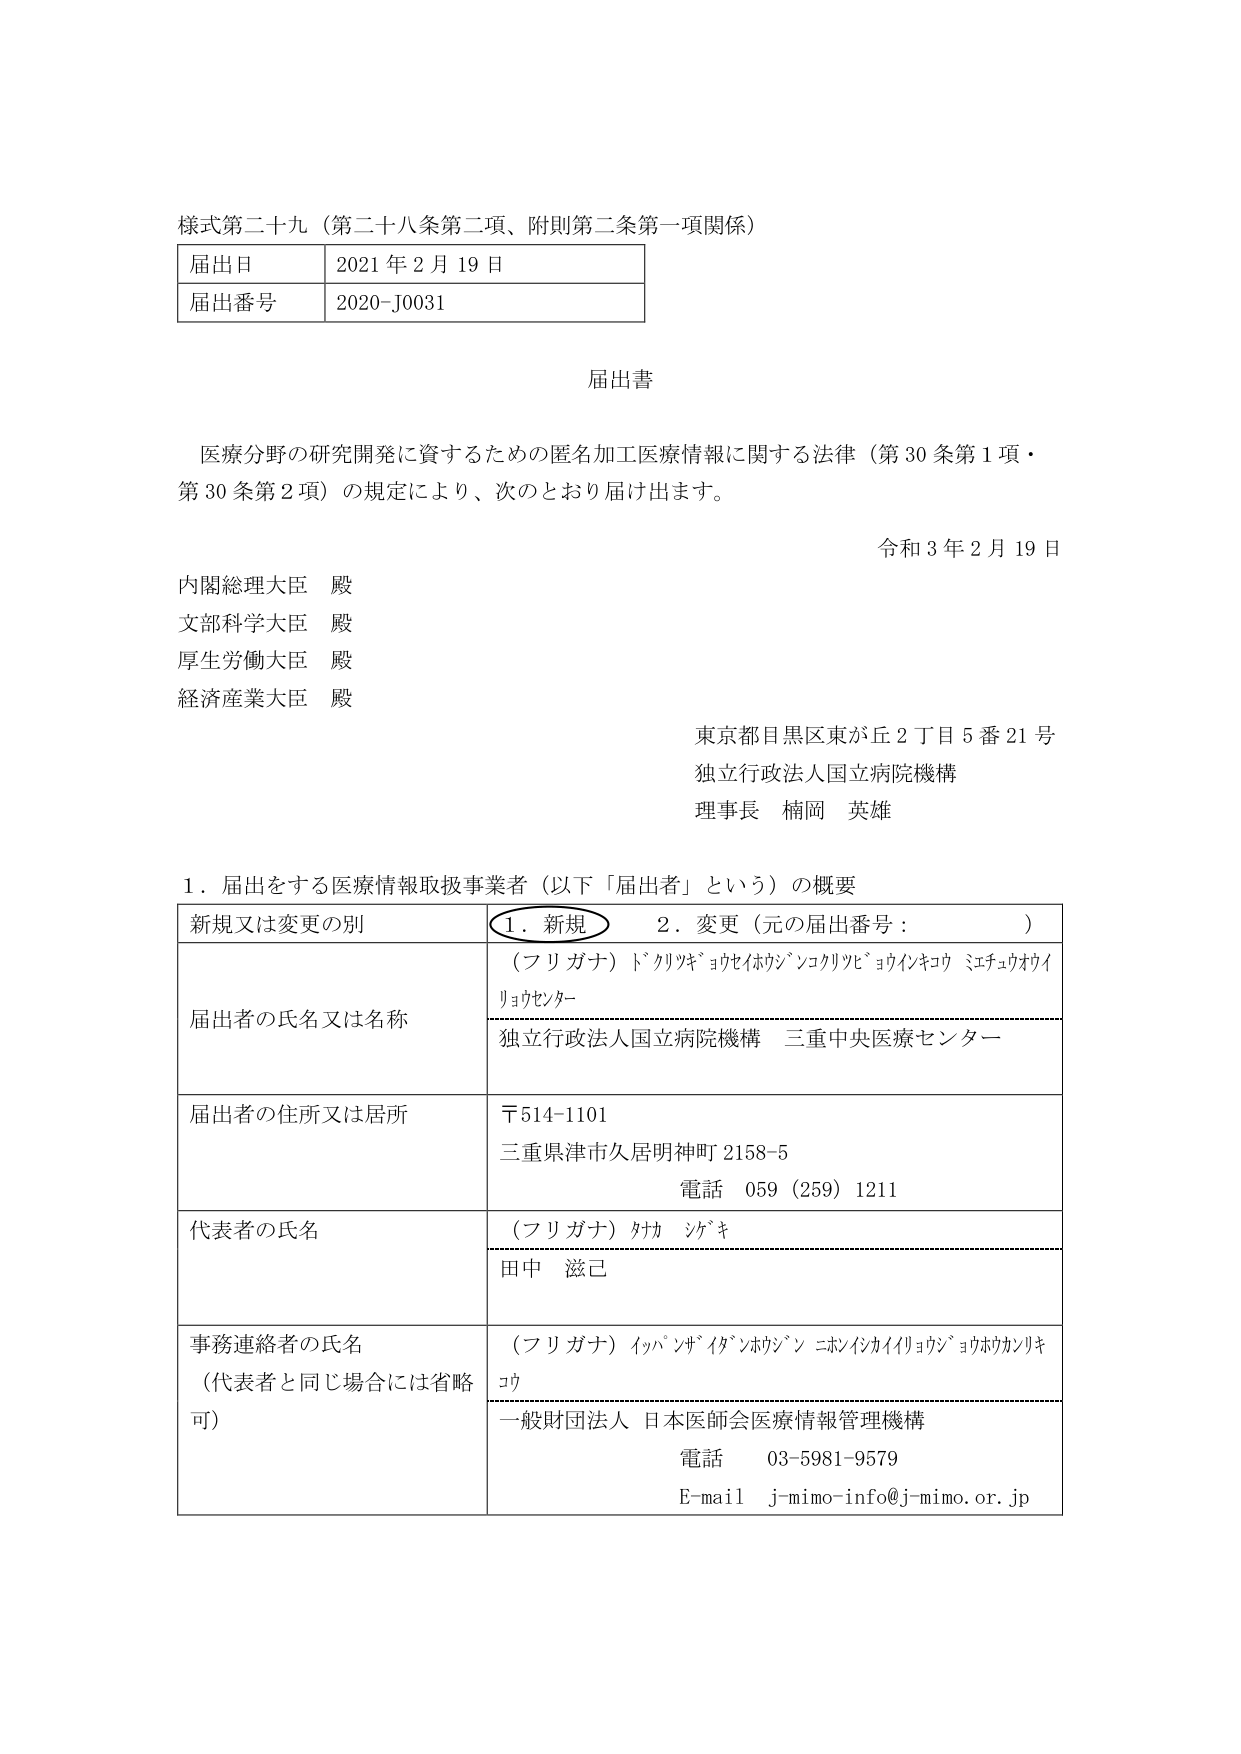
様式第二十九（第二十八条第二項、附則第二条第一項関係）

届出日　2021年2月19日
届出番号　2020-J0031

届出書

医療分野の研究開発に資するための匿名加工医療情報に関する法律（第30条第1項・第30条第2項）の規定により、次のとおり届け出ます。

令和3年2月19日

内閣総理大臣　殿
文部科学大臣　殿
厚生労働大臣　殿
経済産業大臣　殿

東京都目黒区東が丘2丁目5番21号
独立行政法人国立病院機構
理事長　楠岡　英雄

1．届出をする医療情報取扱事業者（以下「届出者」という）の概要

| 新規又は変更の別 | 1．新規　2．変更（元の届出番号：　　　　） |
|------------------|---------------------------------------------|
| 届出者の氏名又は名称 | （フリガナ）ドクリツキョウセイホウジンコクリツビョウインキコウ ミエチュウオウイリョウセンター<br>独立行政法人国立病院機構　三重中央医療センター |
| 届出者の住所又は居所 | 〒514-1101<br>三重県津市久居明神町2158-5<br>電話　059（259）1211 |
| 代表者の氏名 | （フリガナ）タナ　シゲキ<br>田中　滋己 |
| 事務連絡者の氏名<br>（代表者と同じ場合には省略可） | （フリガナ）イッパンザイダンホウジン ニホンイシカイイリョウジヨウホウカンリキコウ<br>一般財団法人　日本医師会医療情報管理機構<br>電話　03-5981-9579<br>E-mail　j-mimo-info@j-mimo.or.jp |